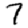
Digit: 7